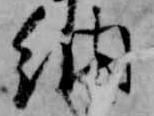
納